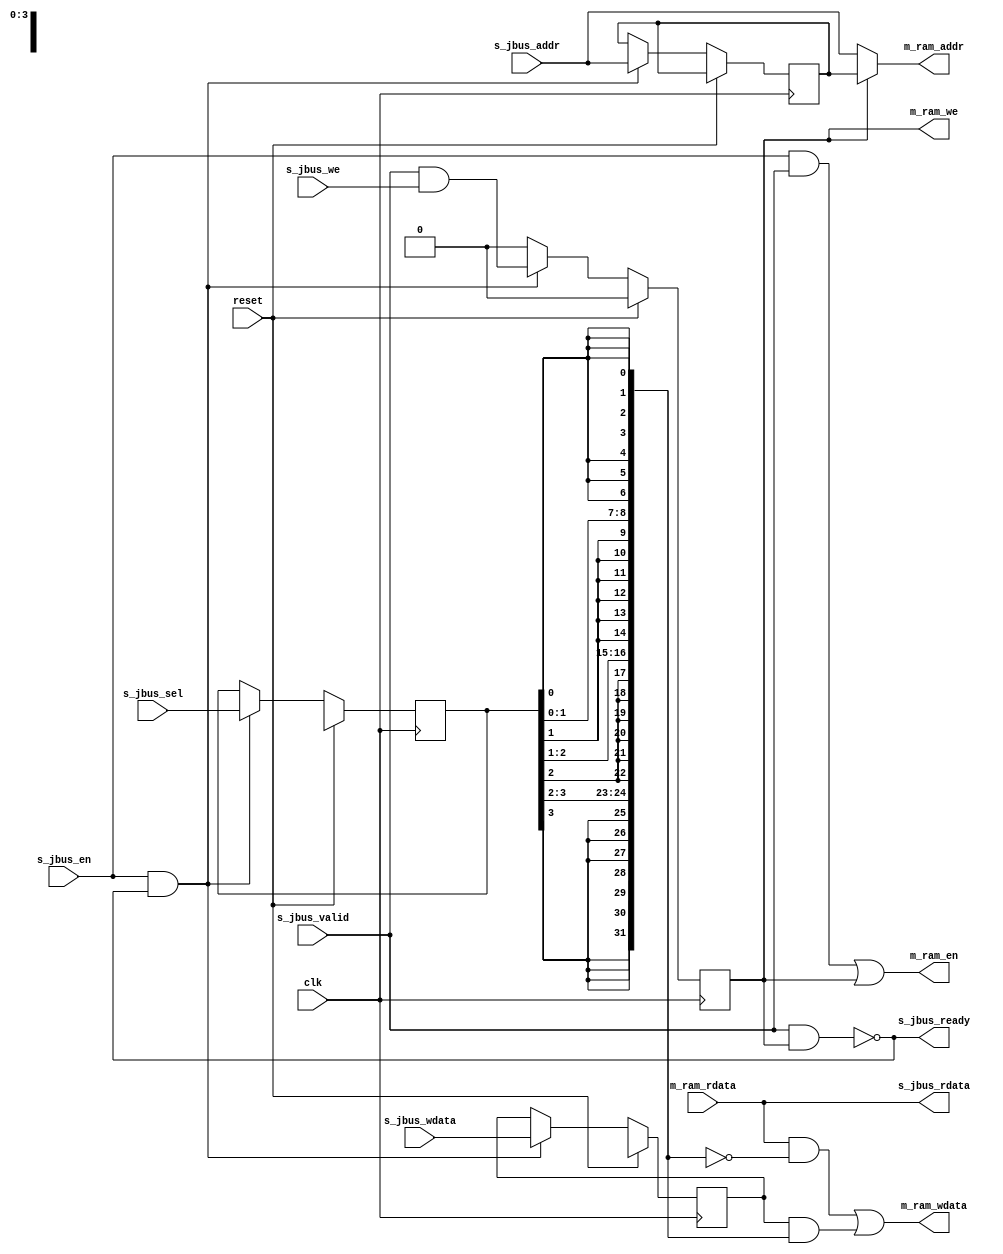
// ---------------------------------------------------------------------------
//  Jelly  -- The platform for real-time computing
//
//                                 Copyright (C) 2008-2015 by Ryuji Fuchikami
//                                 https://github.com/ryuz/jelly.git
// ---------------------------------------------------------------------------



`timescale 1ns / 1ps



// block sram interface
module jelly_jbus_to_ram
        #(
            parameter   ADDR_WIDTH  = 12,
            parameter   DATA_WIDTH  = 32,
            parameter   SEL_WIDTH   = (DATA_WIDTH / 8)
        )
        (
            input   wire                        reset,
            input   wire                        clk,
            
            // jelly bus
            input   wire                        s_jbus_en,
            input   wire    [ADDR_WIDTH-1:0]    s_jbus_addr,
            input   wire    [DATA_WIDTH-1:0]    s_jbus_wdata,
            output  wire    [DATA_WIDTH-1:0]    s_jbus_rdata,
            input   wire                        s_jbus_we,
            input   wire    [SEL_WIDTH-1:0]     s_jbus_sel,
            input   wire                        s_jbus_valid,
            output  wire                        s_jbus_ready,
            
            // ram
            output  wire                        m_ram_en,
            output  wire                        m_ram_we,
            output  wire    [ADDR_WIDTH-1:0]    m_ram_addr,
            output  wire    [DATA_WIDTH-1:0]    m_ram_wdata,
            input   wire    [DATA_WIDTH-1:0]    m_ram_rdata
        );
    
    // write control
    reg                         reg_we;
    reg     [ADDR_WIDTH-1:0]    reg_addr;
    reg     [SEL_WIDTH-1:0]     reg_sel;
    reg     [DATA_WIDTH-1:0]    reg_wdata;
    always @( posedge clk ) begin
        if ( reset ) begin
            reg_we    <= 1'b0;
            reg_sel   <= {SEL_WIDTH{1'bx}};
            reg_wdata <= {DATA_WIDTH{1'bx}};
        end
        else begin
            if ( s_jbus_en & s_jbus_ready ) begin
                reg_we    <= s_jbus_valid & s_jbus_we;
                reg_addr  <= s_jbus_addr;
                reg_sel   <= s_jbus_sel;
                reg_wdata <= s_jbus_wdata;
            end
            else begin
                reg_we    <= 1'b0; 
            end
        end
    end
    
    // write mask
    function [DATA_WIDTH-1:0] make_write_mask;
    input   [SEL_WIDTH-1:0] sel;
    integer                 i, j;
    begin
        for ( i = 0; i < SEL_WIDTH; i = i + 1 ) begin
            for ( j = 0; j < 8; j = j + 1 ) begin
                make_write_mask[i*8 + j] = sel[i];
            end
        end
    end
    endfunction
    
    wire    [DATA_WIDTH-1:0]    write_mask;
    assign write_mask = make_write_mask(reg_sel);
    
    assign s_jbus_rdata = m_ram_rdata;
    assign s_jbus_ready = !(s_jbus_valid & reg_we);
    
    assign m_ram_en     = (s_jbus_en & s_jbus_valid) | reg_we;
    assign m_ram_we     = reg_we;
    assign m_ram_addr   = reg_we ? reg_addr : s_jbus_addr;
    assign m_ram_wdata  = (m_ram_rdata & ~write_mask) | (reg_wdata & write_mask);
    
endmodule


// end of file